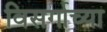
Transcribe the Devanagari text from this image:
विसर्गाच्या